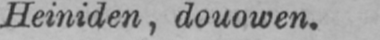
Heiniden, douowen.